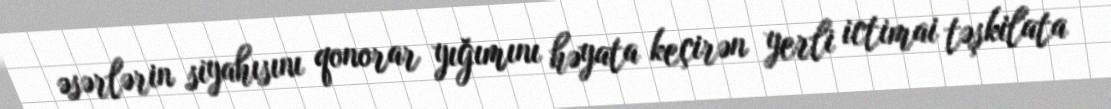
əsərlərin siyahısını qonorar yığımını həyata keçirən yerli ictimai təşkilata